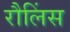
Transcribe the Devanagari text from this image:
रौलिंस